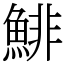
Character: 鯡